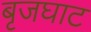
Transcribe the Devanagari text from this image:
बृजघाट